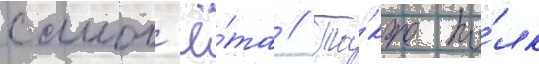
самол'ё́та // Та́кже по́лк